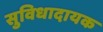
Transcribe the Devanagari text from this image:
सुविधादायक